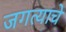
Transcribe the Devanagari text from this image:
जगत्याचे